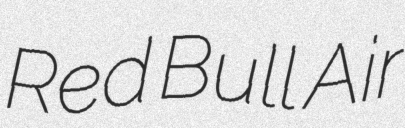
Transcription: Red Bull Air